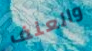
والعنف